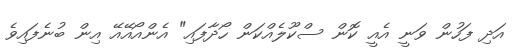
އަދި ފަހުން ވަނީ އެއީ ކޮން ސްކޫލެއްކަން ހޯދާފައި" އެންއޯއޭއޭ އިން ބުނެފައިވެ